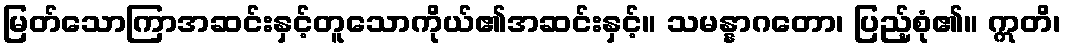
မြတ်သောကြာအဆင်းနှင့်တူသောကိုယ်၏အဆင်းနှင့်။ သမန္နာဂတော၊ ပြည့်စုံ၏။ ဣတိ၊